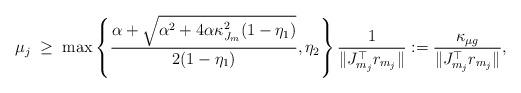
LaTeX: \begin{align*} \mu_j \; \ge \; \max\left\{\frac{\alpha+\sqrt{\alpha^2+4\alpha\kappa_{J_m}^2(1-\eta_1)}}{2(1-\eta_1)} ,\eta_2 \right\} \frac{1}{\|J_{m_j}^\top r_{m_j}\|} :=\frac{\kappa_{\mu g}}{\|J_{m_j}^\top r_{m_j}\|},\end{align*}